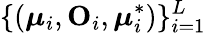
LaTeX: \{ (\boldsymbol{\mu}_{i},\mathbf O_{i},\boldsymbol{\mu}_{i}^{*})\} _{i=1}^{L}